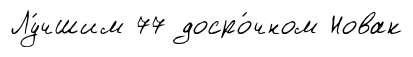
Лу́чшим 77 досро́чном Новак